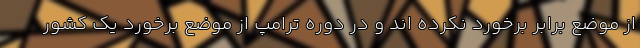
از موضع برابر برخورد نکرده اند و در دوره ترامپ از موضع برخورد یک کشور